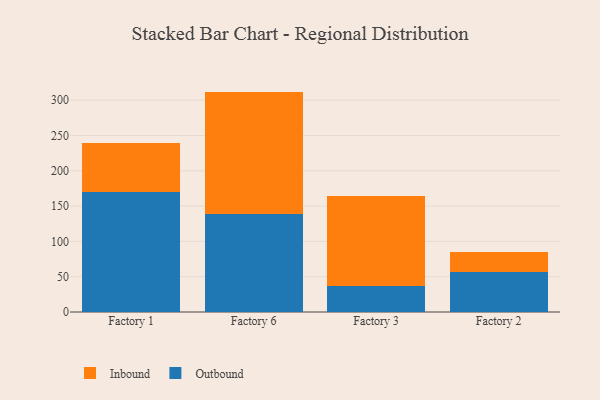
{"axis": {"x": "Factory", "y": "Production Output"}, "legend": ["Inbound", "Outbound"], "data": [{"x": "Factory 1", "y": 170.6, "type": "Outbound"}, {"x": "Factory 1", "y": 69.4, "type": "Inbound"}, {"x": "Factory 6", "y": 138.3, "type": "Outbound"}, {"x": "Factory 6", "y": 173.9, "type": "Inbound"}, {"x": "Factory 3", "y": 36.9, "type": "Outbound"}, {"x": "Factory 3", "y": 127.6, "type": "Inbound"}, {"x": "Factory 2", "y": 56.7, "type": "Outbound"}, {"x": "Factory 2", "y": 28.7, "type": "Inbound"}]}